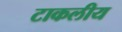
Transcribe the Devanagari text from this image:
टाकलीय